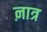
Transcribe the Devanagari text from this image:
ऩात्र